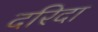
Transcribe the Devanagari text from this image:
दरिदा